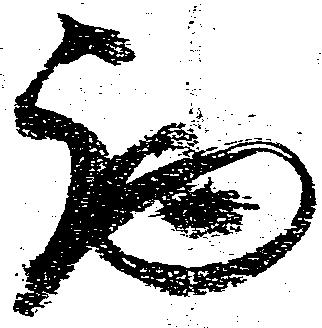
西